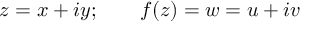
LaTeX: z = x + i y ; \qquad f ( z ) = w = u + i v